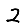
Digit: 2